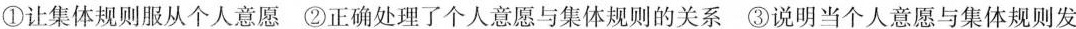
①让集体规则服从个人意愿 ②正确处理了个人意愿与集体规则的关系 ③说明当个人意愿与集体规则发